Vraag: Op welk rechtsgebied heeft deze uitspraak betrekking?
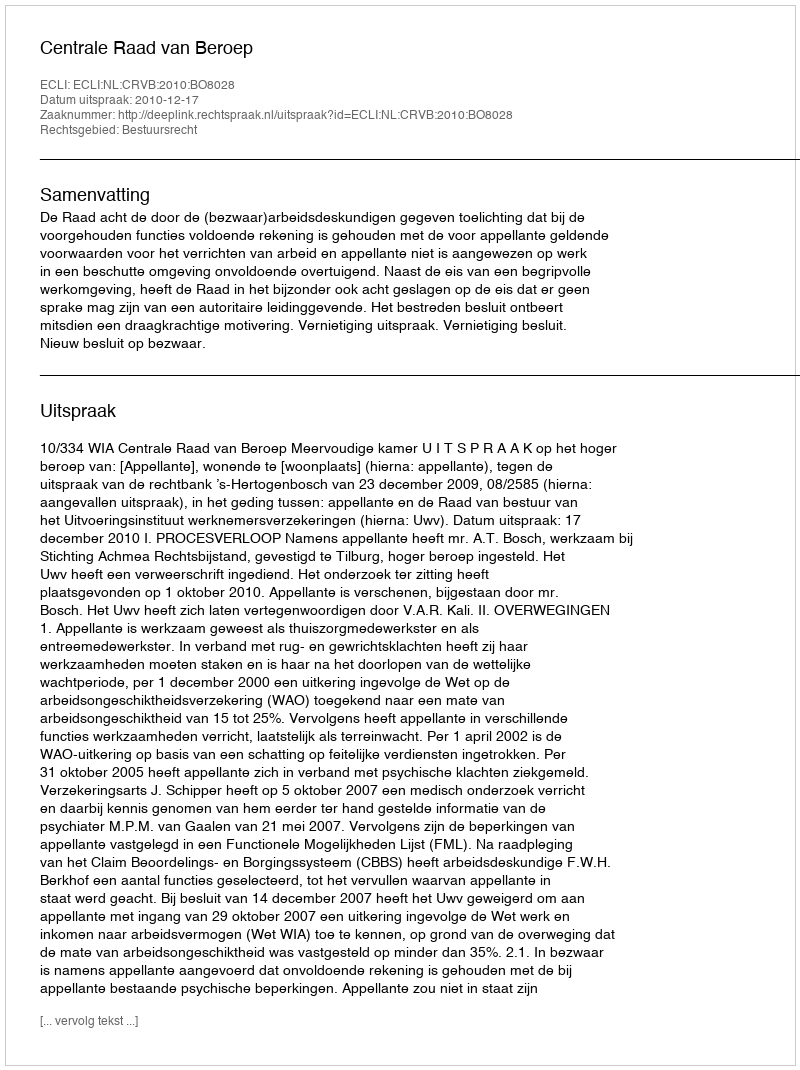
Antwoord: Bestuursrecht